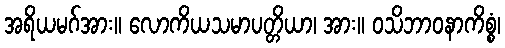
အရိယမဂ်အား။ လောကိယသမာပတ္တိယာ၊ အား။ ဝသိဘာဝနာကိစ္စံ၊